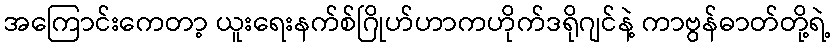
အကြောင်းကေတာ့ ယူးရေးနက်စ်ဂြိုဟ်ဟာကဟိုက်ဒရိုဂျင်နဲ့ ကာဗွန်ဓာတ်တို့ရဲ့